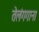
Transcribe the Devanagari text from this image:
तेलंगगाना